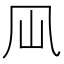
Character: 𠘳